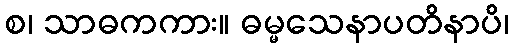
စ၊ သာဓကကား။ ဓမ္မသေနာပတိနာပိ၊